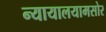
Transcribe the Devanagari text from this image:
न्यायालयामसोर